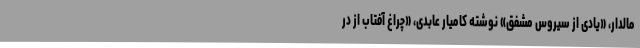
مالدار، «یادی از سیروس مشفق» نوشته کامیار عابدی، «چراغ آفتاب از در